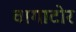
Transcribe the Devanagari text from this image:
वागाटोर